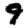
Digit: 9